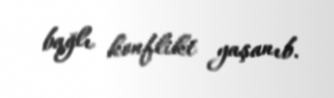
bağlı konflikt yaşanıb.